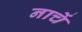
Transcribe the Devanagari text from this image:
नाचें